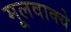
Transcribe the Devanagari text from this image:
मूलवाक्ये